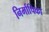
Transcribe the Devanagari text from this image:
निर्मापिका